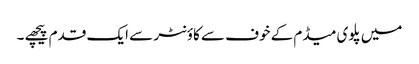
میں پلوی میڈم کے خوف سے کاؤنٹر سے ایک قدم پیچھے ۔